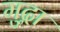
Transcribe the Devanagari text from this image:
मुद्गा